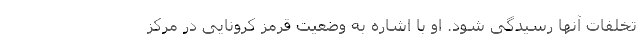
تخلفات آنها رسیدگی شود. او با اشاره به وضعیت قرمز کرونایی در مرکز